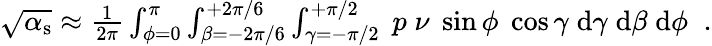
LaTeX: \begin{array}{r}{\sqrt{\alpha_{\mathrm{s}}}\approx\frac{1}{2\pi}\int_{\phi=0}^{\pi}\int_{\beta=-2\pi/6}^{+2\pi/6}\int_{\gamma=-\pi/2}^{+\pi/2}\; p\; \nu\; \sin\phi\; \cos\gamma\; \mathrm{d}\gamma\; \mathrm{d}\beta\; \mathrm{d}\phi\; \; .}\end{array}